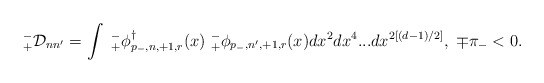
\begin{align*}_{+}^{-}{\cal D}_{nn^{\prime }}=\int {}\ {}_{+}^{-}\phi_{p_{-},n,+1,r}^{\dagger }(x)\ {}_{+}^{-}\phi _{p_{-},n^{\prime},+1,r}(x){}dx^{2}dx^{4}...dx^{2\left[ (d-1)/2\right] },\;\mp \pi _{-}<0.\end{align*}